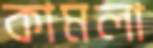
কামলা